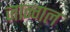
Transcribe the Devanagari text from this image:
जान्गल